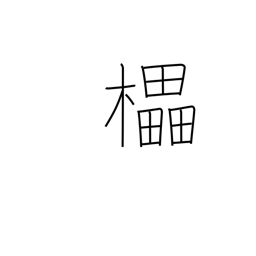
Meaning: decorated wine cask